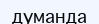
думанда